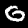
Label: 0